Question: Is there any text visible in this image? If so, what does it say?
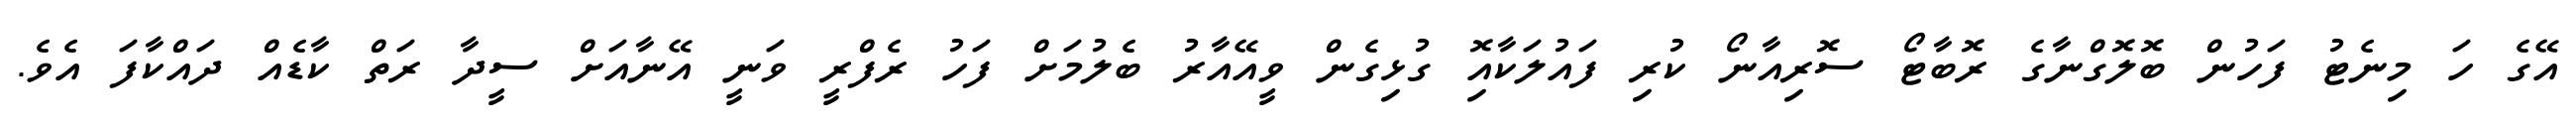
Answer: އޭގެ ހަ މިނެޓު ފަހުން ބޮލޮގްނާގެ ރޮބާޓޯ ސޮރިއާނޯ ކުރި ފައުލަކާއޮި ގުޅިގެން ވީއޭއާރު ބެލުމަށް ފަހު ރެފްރީ ވަނީ އޭނާއަށް ސީދާ ރަތް ކާޑެއް ދައްކާފަ އެވެ.